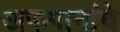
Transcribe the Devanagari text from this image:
अफगानांचे